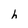
Character: h